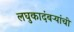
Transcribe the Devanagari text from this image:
लघुकादंबऱ्यांची